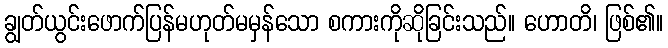
ချွတ်ယွင်းဖောက်ပြန်မဟုတ်မမှန်သော စကားကိုဆိုခြင်းသည်။ ဟောတိ၊ ဖြစ်၏။